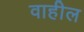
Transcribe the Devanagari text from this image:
वाहील